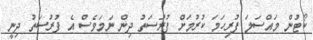
ކޯޓުން މައްސަލަ ފުރިހަމަ ކުރުމަށް ފުރުސަތު ދިން ނަމަވެސް އެ ފުރުސަތު ދިނީ